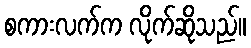
စကားလက်က လိုက်ဆိုသည်။